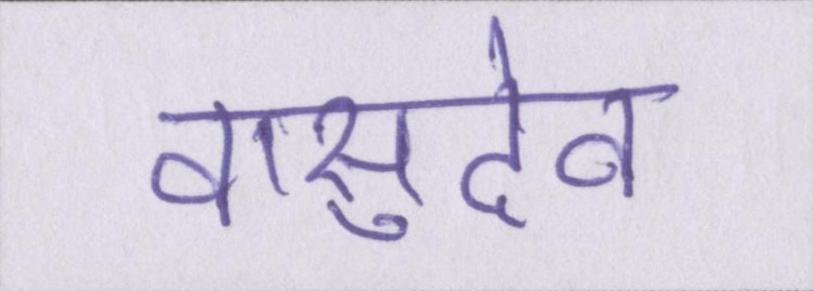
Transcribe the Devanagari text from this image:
वासुदेव